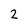
Character: 2